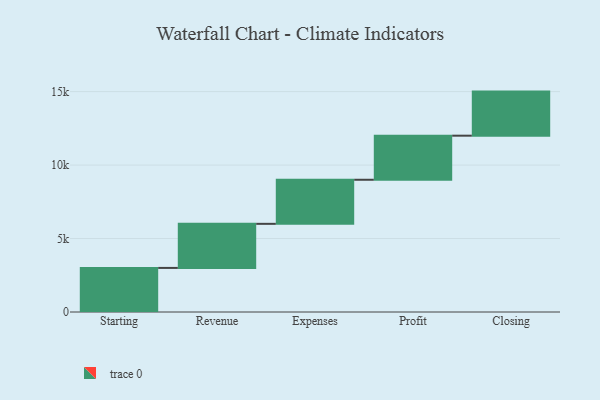
{"axis": {"x": "Step", "y": "Value"}, "legend": [""], "data": [{"x": "Starting", "y": 3000, "type": ""}, {"x": "Revenue", "y": 3000, "type": ""}, {"x": "Expenses", "y": 3000, "type": ""}, {"x": "Profit", "y": 3000, "type": ""}, {"x": "Closing", "y": 3000, "type": ""}]}